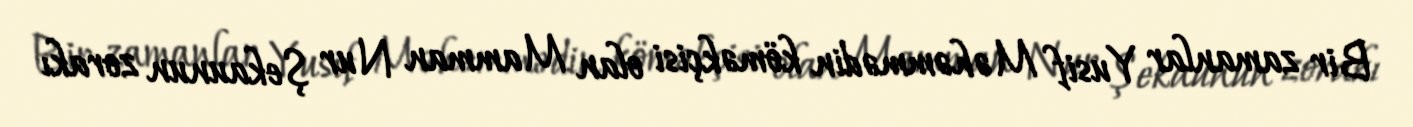
Bir zamanlar Yusif Məhəmmədin köməkçisi olan Mamman Nur Şekaunun zorakı